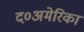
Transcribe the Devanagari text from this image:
द०अमेरिका